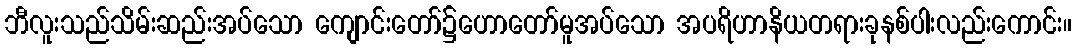
ဘီလူးသည်သိမ်းဆည်းအပ်သော ကျောင်းတော်၌ဟောတော်မူအပ်သော အပရိဟာနိယတရားခုနစ်ပါးလည်းကောင်း။